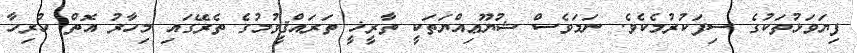
ފިޔަވަޅުތަކުގެ ސިފަކުރުމެކެވެ. ނަމަވެސް ޝުޔޫޢިއްޔަތަކީ ތާރީޚީ ތަރައްޤީވުމުގެ ތެރޭގައި މިހާރު އޮތް ހުރިހާ